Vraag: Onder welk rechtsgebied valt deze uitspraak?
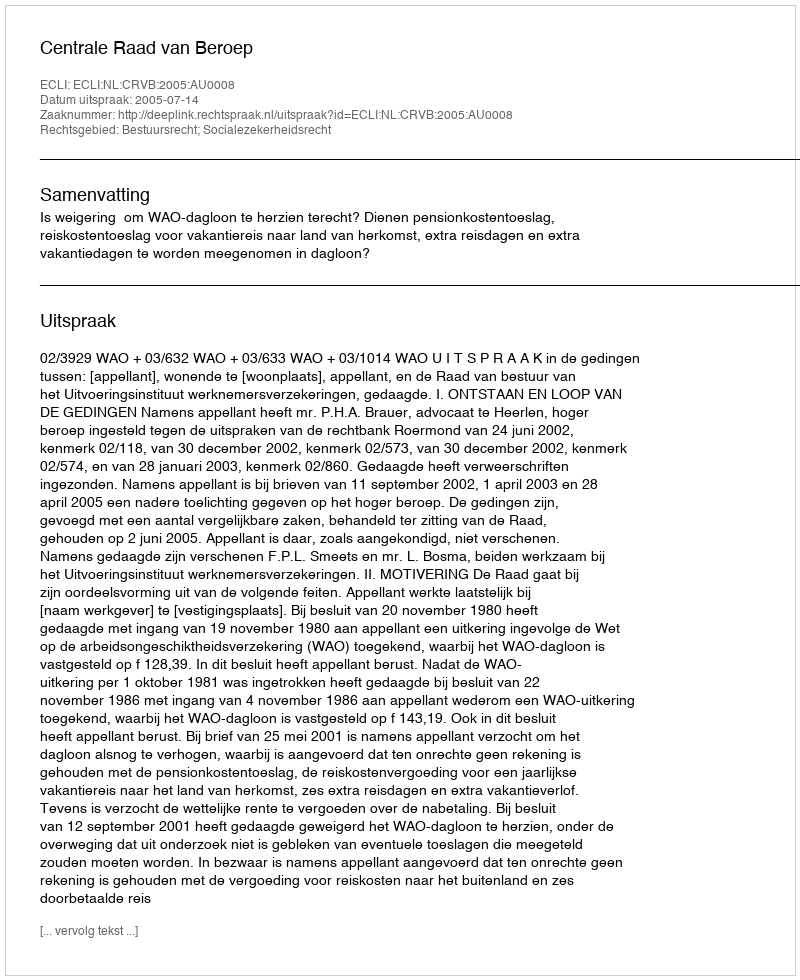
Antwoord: Bestuursrecht; Socialezekerheidsrecht